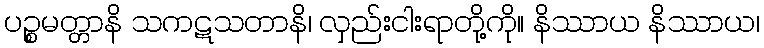
ပဉ္စမတ္တာနိ သကဋသတာနိ၊ လှည်းငါးရာတို့ကို။ နိဿာယ နိဿာယ၊